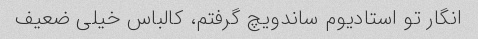
انگار تو استادیوم ساندویچ گرفتم، کالباس خیلی ضعیف